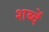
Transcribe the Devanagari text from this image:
शब्दें